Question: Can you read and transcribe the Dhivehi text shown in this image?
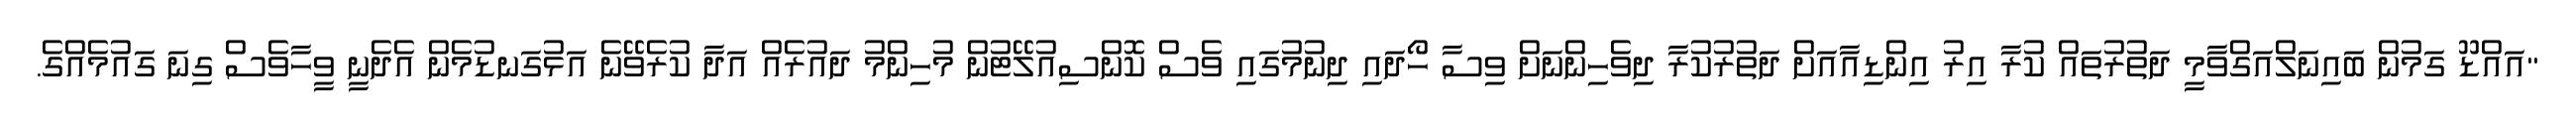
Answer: "އައްޑޫ ގަމުން ބައިނަލްއަގްވާމީ ދަތުރުތައް ކުރާ އިރު އިންޑިއާއަށް ދަތުރުކުރާ ދިވެހިންނަށް ވިސާ ހޯދައި ދިނުމުގައި ވެސް ކޮންސިއުލޭޓުން މުހިންމު ދައުރެއް އަދާ ކުރެވޭނެ އަޅުގަނޑުމެން އެދެނީ ވީހާވެސް ގިނަ ގައުމެއްގެ.